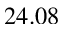
2 4 . 0 8